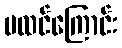
မထင်ကြောင်း